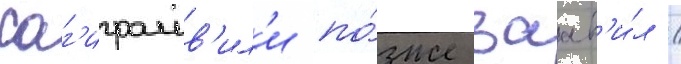
саг'ирашв'ил'и по́зже заав'и́л /